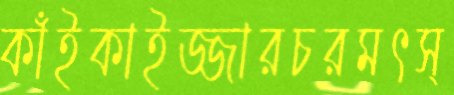
কাঁইকাইজ্জারচরমৎস্